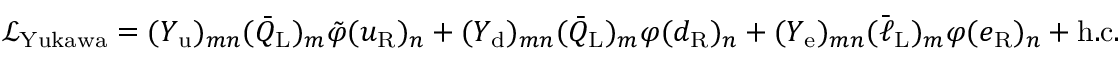
{ \mathcal { L } } _ { \mathrm { Y u k a w a } } = ( Y _ { \mathrm { u } } ) _ { m n } ( { \bar { Q } } _ { \mathrm { L } } ) _ { m } { \tilde { \varphi } } ( u _ { \mathrm { R } } ) _ { n } + ( Y _ { \mathrm { d } } ) _ { m n } ( { \bar { Q } } _ { \mathrm { L } } ) _ { m } \varphi ( d _ { \mathrm { R } } ) _ { n } + ( Y _ { \mathrm { e } } ) _ { m n } ( { \bar { \ell } } _ { \mathrm { L } } ) _ { m } { \varphi } ( e _ { \mathrm { R } } ) _ { n } + \mathrm { h . c . }